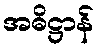
အဓိဋ္ဌာန်